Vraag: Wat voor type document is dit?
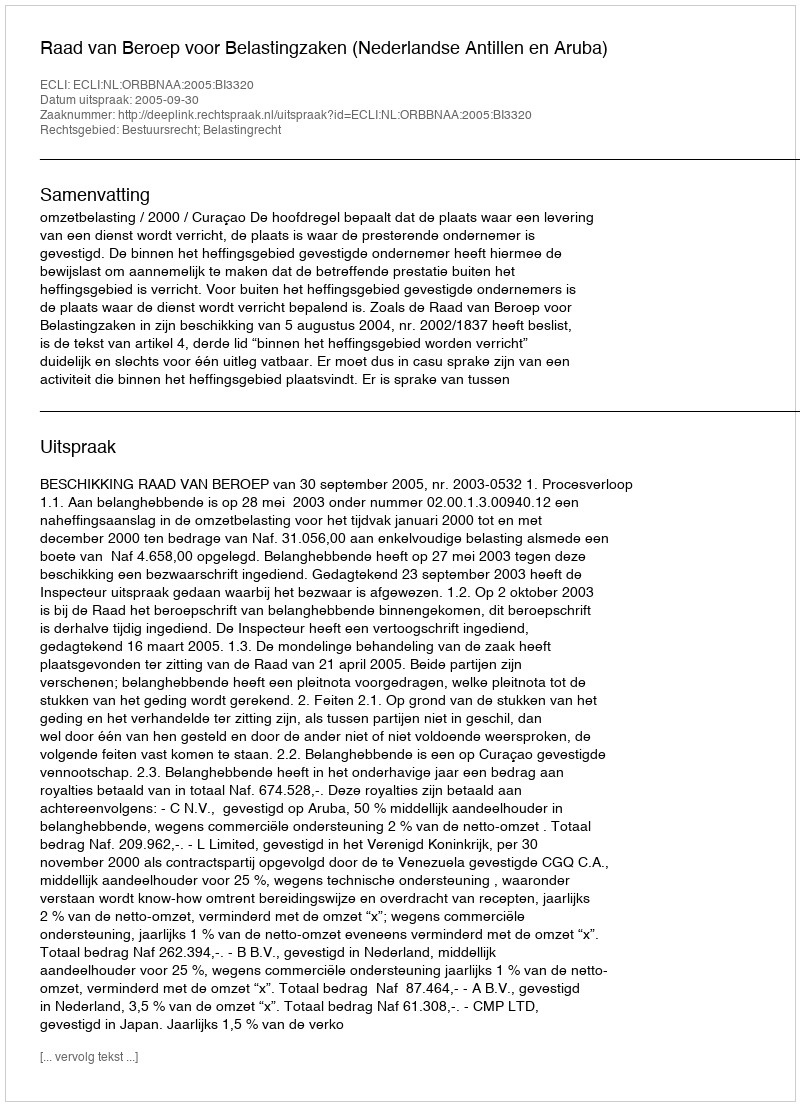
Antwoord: Uitspraak